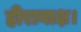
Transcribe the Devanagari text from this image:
हीरानाक्ष।